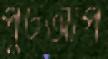
পুটআপ